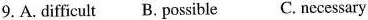
9. A. Difficult B. Possible C. necessary